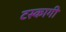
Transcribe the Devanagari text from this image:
टस्कागी